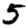
Digit: 5